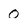
Character: 0